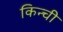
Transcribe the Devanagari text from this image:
किन्ची